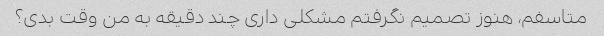
متاسفم، هنوز تصمیم نگرفتم مشکلی داری چند دقیقه به من وقت بدی؟